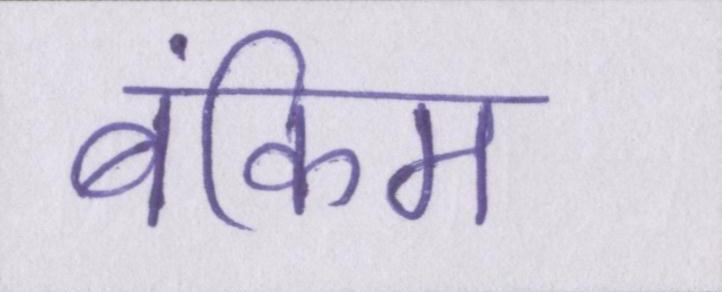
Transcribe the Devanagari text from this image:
बंकिम